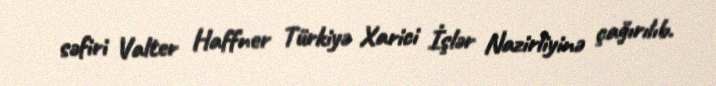
səfiri Valter Haffner Türkiyə Xarici İşlər Nazirliyinə çağırılıb.